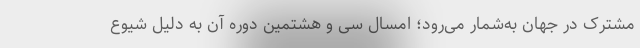
مشترک در جهان به‌شمار می‌رود؛ امسال سی و هشتمین دوره آن به دلیل شیوع